Indian journal of veterinary science and animal husbandry - Volume 10,
Year: 1940
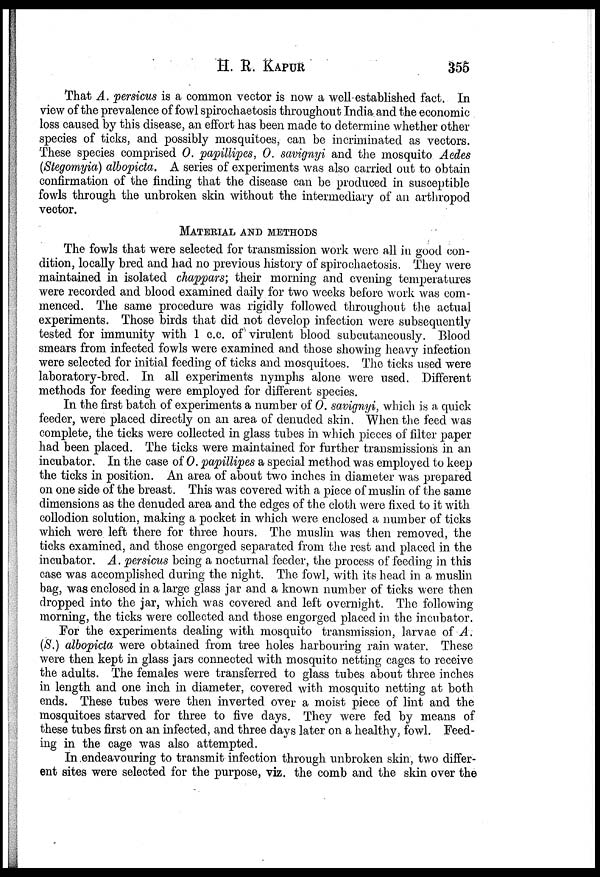
H. R.
KAPUR
355
That A. persicus is a common vector is now a well established fact. In
view of the prevalence of fowl spirochaetosis throughout India and the economic
loss caused by this disease, an effort has been made to determine whether other
species of ticks, and possibly mosquitoes, can be incriminated as vectors.
These species comprised O. papillipes, O. savignyi and the mosquito Aedes
(Stegomyia) albopicta. A series of experiments was also carried out to obtain
confirmation of the finding that the disease can be produced in susceptible
fowls through the unbroken skin without the intermediary of an arthropod
vector.
MATERIAL AND METHODS
The fowls that were selected for transmission work were all in good con-
dition, locally bred and had no previous history of spirochaetosis. They were
maintained in isolated chappars; their morning and evening temperatures
were recorded and blood examined daily for two weeks before work was com-
menced. The same procedure was rigidly followed throughout the actual
experiments. Those birds that did not develop infection were subsequently
tested for immunity with 1 c.c. of virulent blood subcutaneously. Blood
smears from infected fowls were examined and those showing heavy infection
were selected for initial feeding of ticks and mosquitoes. The ticks used were
laboratory-bred. In all experiments nymphs alone were used. Different
methods for feeding were employed for different species.
In the first batch of experiments a number of O. savignyi, which is a quick
feeder, were placed directly on an area of denuded skin. When the feed was
complete, the ticks were collected in glass tubes in which pieces of filter paper
had been placed. The ticks were maintained for further transmissions in an
incubator. In the case of O. papillipes a special method was employed to keep
the ticks in position. An area of about two inches in diameter was prepared
on one side of the breast. This was covered with a piece of muslin of the same
dimensions as the denuded area and the edges of the cloth were fixed to it with
collodion solution, making a pocket in which were enclosed a number of ticks
which were left there for three hours. The muslin was then removed, the
ticks examined, and those engorged separated from the rest and placed in the
incubator. A. persicus being a nocturnal feeder, the process of feeding in this
case was accomplished during the night. The fowl, with its head in a muslin
bag, was enclosed in a large glass jar and a known number of ticks were then
dropped into the jar, which was covered and left overnight. The following
morning, the ticks were collected and those engorged placed in the incubator.
For the experiments dealing with mosquito transmission, larvae of A.
(S.) albopicta were obtained from tree holes harbouring rain water. These
were then kept in glass jars connected with mosquito netting cages to receive
the adults. The females were transferred to glass tubes about three inches
in length and one inch in diameter, covered with mosquito netting at both
ends. These tubes were then inverted over a moist piece of lint and the
mosquitoes starved for three to five days. They were fed by means of
these tubes first on an infected, and three days later on a healthy, fowl. Feed-
ing in the cage was also attempted.
In endeavouring to transmit infection through unbroken skin, two differ-
ent sites were selected for the purpose, viz. the comb and the skin over the